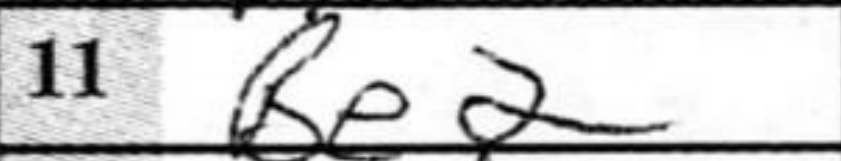
Transcription: Be2